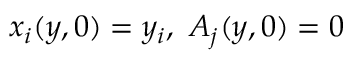
x _ { i } ( y , 0 ) = y _ { i } , \ A _ { j } ( y , 0 ) = 0